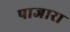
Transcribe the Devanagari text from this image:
पाजारा